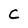
Character: C